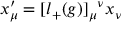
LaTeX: x _ { \mu } ^ { \prime } = [ l _ { + } ( g ) ] _ { \mu } { } ^ { \nu } x _ { \nu }